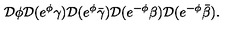
{ \cal D } \phi { \cal D } ( e ^ { \phi } \gamma ) { \cal D } ( e ^ { \phi } \bar { \gamma } ) { \cal D } ( e ^ { - \phi } \beta ) { \cal D } ( e ^ { - \phi } \bar { \beta } ) .